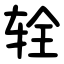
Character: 辁